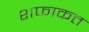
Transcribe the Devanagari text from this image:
शफाकत